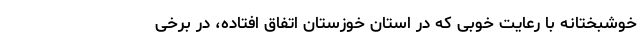
خوشبختانه با رعایت خوبی که در استان خوزستان اتفاق افتاده، در برخی